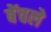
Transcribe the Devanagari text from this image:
बेंचले